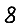
Digit: 8